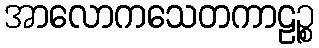
အာလောကသေတကာဠဉ္စ